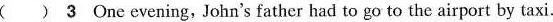
( )3 One evening,John's father had to go to the airport by taxi.